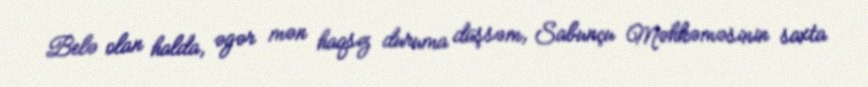
Belə olan halda, əgər mən haqsız duruma düşsəm, Sabunçu Məhkəməsinin saxta